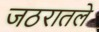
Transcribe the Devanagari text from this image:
जठरातले